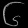
Digit: ၆